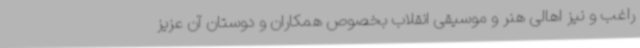
راغب و نیز اهالی هنر و موسیقی انقلاب بخصوص همکاران و دوستان آن عزیز